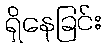
ရှိနေခြင်း